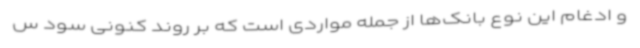
و ادغام این نوع بانک‌ها از جمله مواردی است که بر روند کنونی سود س